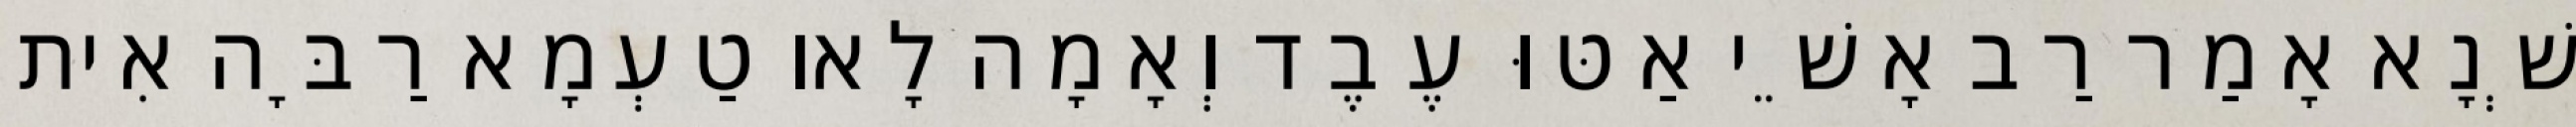
שְׁנָא אָמַר רַב אָשֵׁי אַטּוּ עֶבֶד וְאָמָה לָאו טַעְמָא רַבָּה אִית